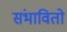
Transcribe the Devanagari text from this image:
संभावितो